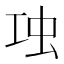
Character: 𧈬